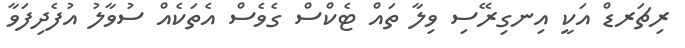
ރިޗަރޑް އަކީ އިނގިރޭސި ވިލާ ތައް ޓެކްސް ގެވެސް އެތަކެއް ސުވާލު އުފެދިފަވާ